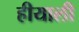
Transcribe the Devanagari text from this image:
हीयाली